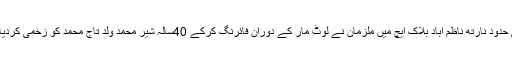
تیموریہ تھانے کی حدود نارتھ ناظم آباد بلاک ایچ میں ملزمان نے لوٹ مار کے دوران فائرنگ کرکے 40سالہ شیر محمد ولد تاج محمد کو زخمی کردیااور فرار ہو گئے ۔